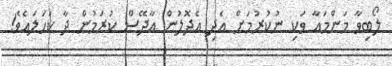
ލޯބިވާ މަންމައާ ވަކި ނުކުރުމަށް އެދި އެދޮލުން އާދޭސް ކުރަމުން ދާ ކަހަލައެވެ!